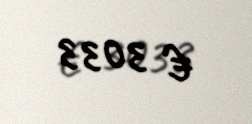
€ 3033